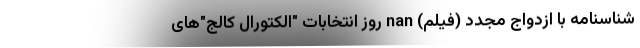
شناسنامه با ازدواج مجدد (فیلم) nan روز انتخابات "الکتورال کالج"‌های